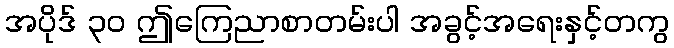
အပိုဒ် ၃၀ ဤကြေညာစာတမ်းပါ အခွင့်အရေးနှင့်တကွ